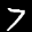
Label: 7